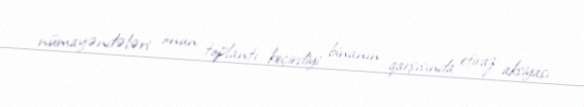
nümayəndələri onun toplantı keçirdiyi binanın qarşısında etiraz aksiyası